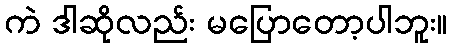
ကဲ ဒါဆိုလည်း မပြောတော့ပါဘူး။